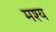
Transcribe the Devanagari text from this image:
मश्य